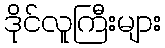
ဒိုင်လူကြီးများ